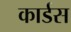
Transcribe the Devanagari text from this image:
कार्डस